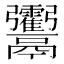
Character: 𩱶